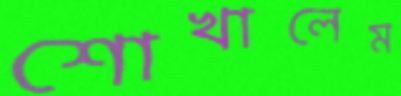
শোখালেম